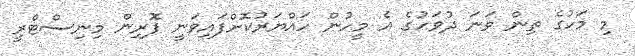
މި މަހުގެ ތިން ވަނަ ދުވަހުގެ އެ މީހުން ހައްޔަރުކޮށްފައިވަނީ ފޮރިން މިނިސްޓްރީ